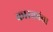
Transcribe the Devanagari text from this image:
कारकांचा